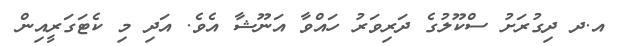
އ.ދ ދިގުރަށު ސްކޫލުގެ ދަރިވަރު ހައްވާ އަނޫޝާ އެވެ. އަދި މި ކެޓަގަރީއިން